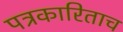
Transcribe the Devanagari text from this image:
पत्रकारिताच